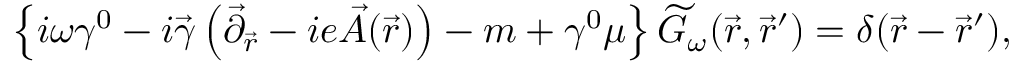
\left\{ i \omega \gamma ^ { 0 } - i \vec { \gamma } \left( \vec { \partial } _ { \vec { r } } - i e \vec { A } ( \vec { r } ) \right) - m + \gamma ^ { 0 } \mu \right\} \widetilde { G } _ { \omega } ( \vec { r } , \vec { r } ^ { \prime } ) = \delta ( \vec { r } - \vec { r } ^ { \prime } ) ,